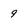
Character: 9